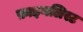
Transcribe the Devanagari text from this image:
फ़ाइनलिस्ट